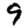
Digit: 9